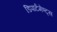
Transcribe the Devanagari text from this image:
डिपार्टमेण्ट्स